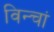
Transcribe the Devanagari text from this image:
विन्चां